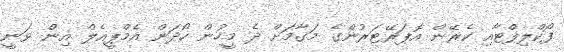
ފޯކްލިފްޓާއި ކެރޭން އޮޕަރޭޓަރުންގެ މަގާމަށް ދެ މީހުން ހޯދަން އެމްޕީއެލް އިން ވަނީ